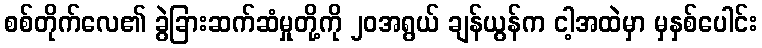
စစ်တိုက်လေ၏ ခွဲခြားဆက်ဆံမှုတို့ကို ၂၀အရွယ် ချန်ယွန်က ငါ့အထဲမှာ မှနှစ်ပေါင်း